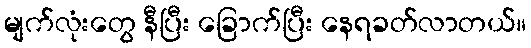
မျက်လုံးတွေ နီပြီး ခြောက်ပြီး နေရခတ်လာတယ်။